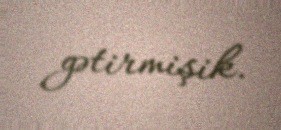
gətirmişik.